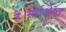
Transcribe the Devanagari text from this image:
है।सर्वश्रेष्ठ